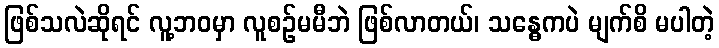
ဖြစ်သလဲဆိုရင် လူ့ဘဝမှာ လူစဉ်မမီဘဲ ဖြစ်လာတယ်၊ သန္ဓေကပဲ မျက်စိ မပါတဲ့